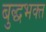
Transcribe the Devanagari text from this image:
बुद्धभक्त